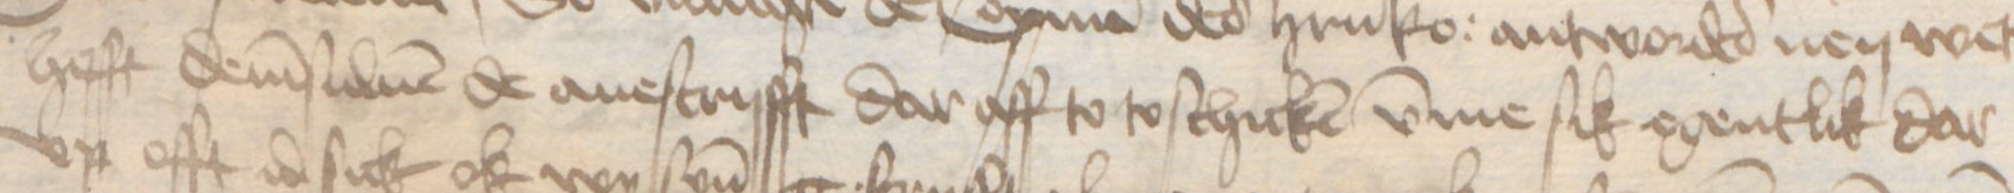
Transcription: hefft demsuluen de auescrifft dar aff to to schicken vmme sik egentlik dar